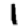
Digit: 1